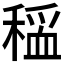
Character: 𫁃